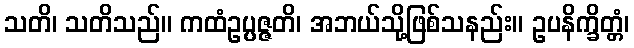
သတိ၊ သတိသည်။ ကထံဥပ္ပဇ္ဇတိ၊ အဘယ်သို့ဖြစ်သနည်း။ ဥပနိက္ခိတ္တံ၊